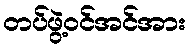
တပ်ဖွဲ့ဝင်အင်အား